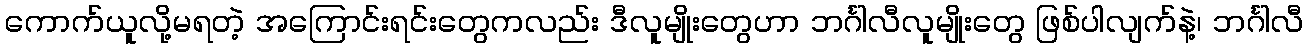
ကောက်ယူလို့မရတဲ့ အကြောင်းရင်းတွေကလည်း ဒီလူမျိုးတွေဟာ ဘင်္ဂါလီလူမျိုးတွေ ဖြစ်ပါလျက်နဲ့၊ ဘင်္ဂါလီ